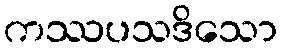
ကဿပသဒိသော